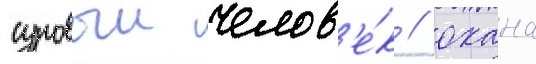
суровыи челов'е́к / охана